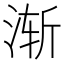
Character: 渐